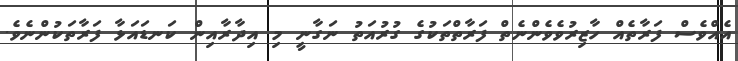
އެއްވެސް ފަރާތެއް ހާޒިރުވެވެންނެތް ފަރާތްތަކުގެ ގުރުއަތު ނަގާނީ މި އިދާރާއިން ކަނޑައަޅާ ފަރާތަކުންނެވެ.